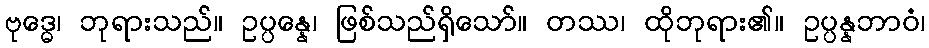
ဗုဒ္ဓေ၊ ဘုရားသည်။ ဥပ္ပန္နေ၊ ဖြစ်သည်ရှိသော်။ တဿ၊ ထိုဘုရား၏။ ဥပ္ပန္နဘာဝံ၊